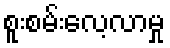
စူးစမ်းလေ့လာမှု